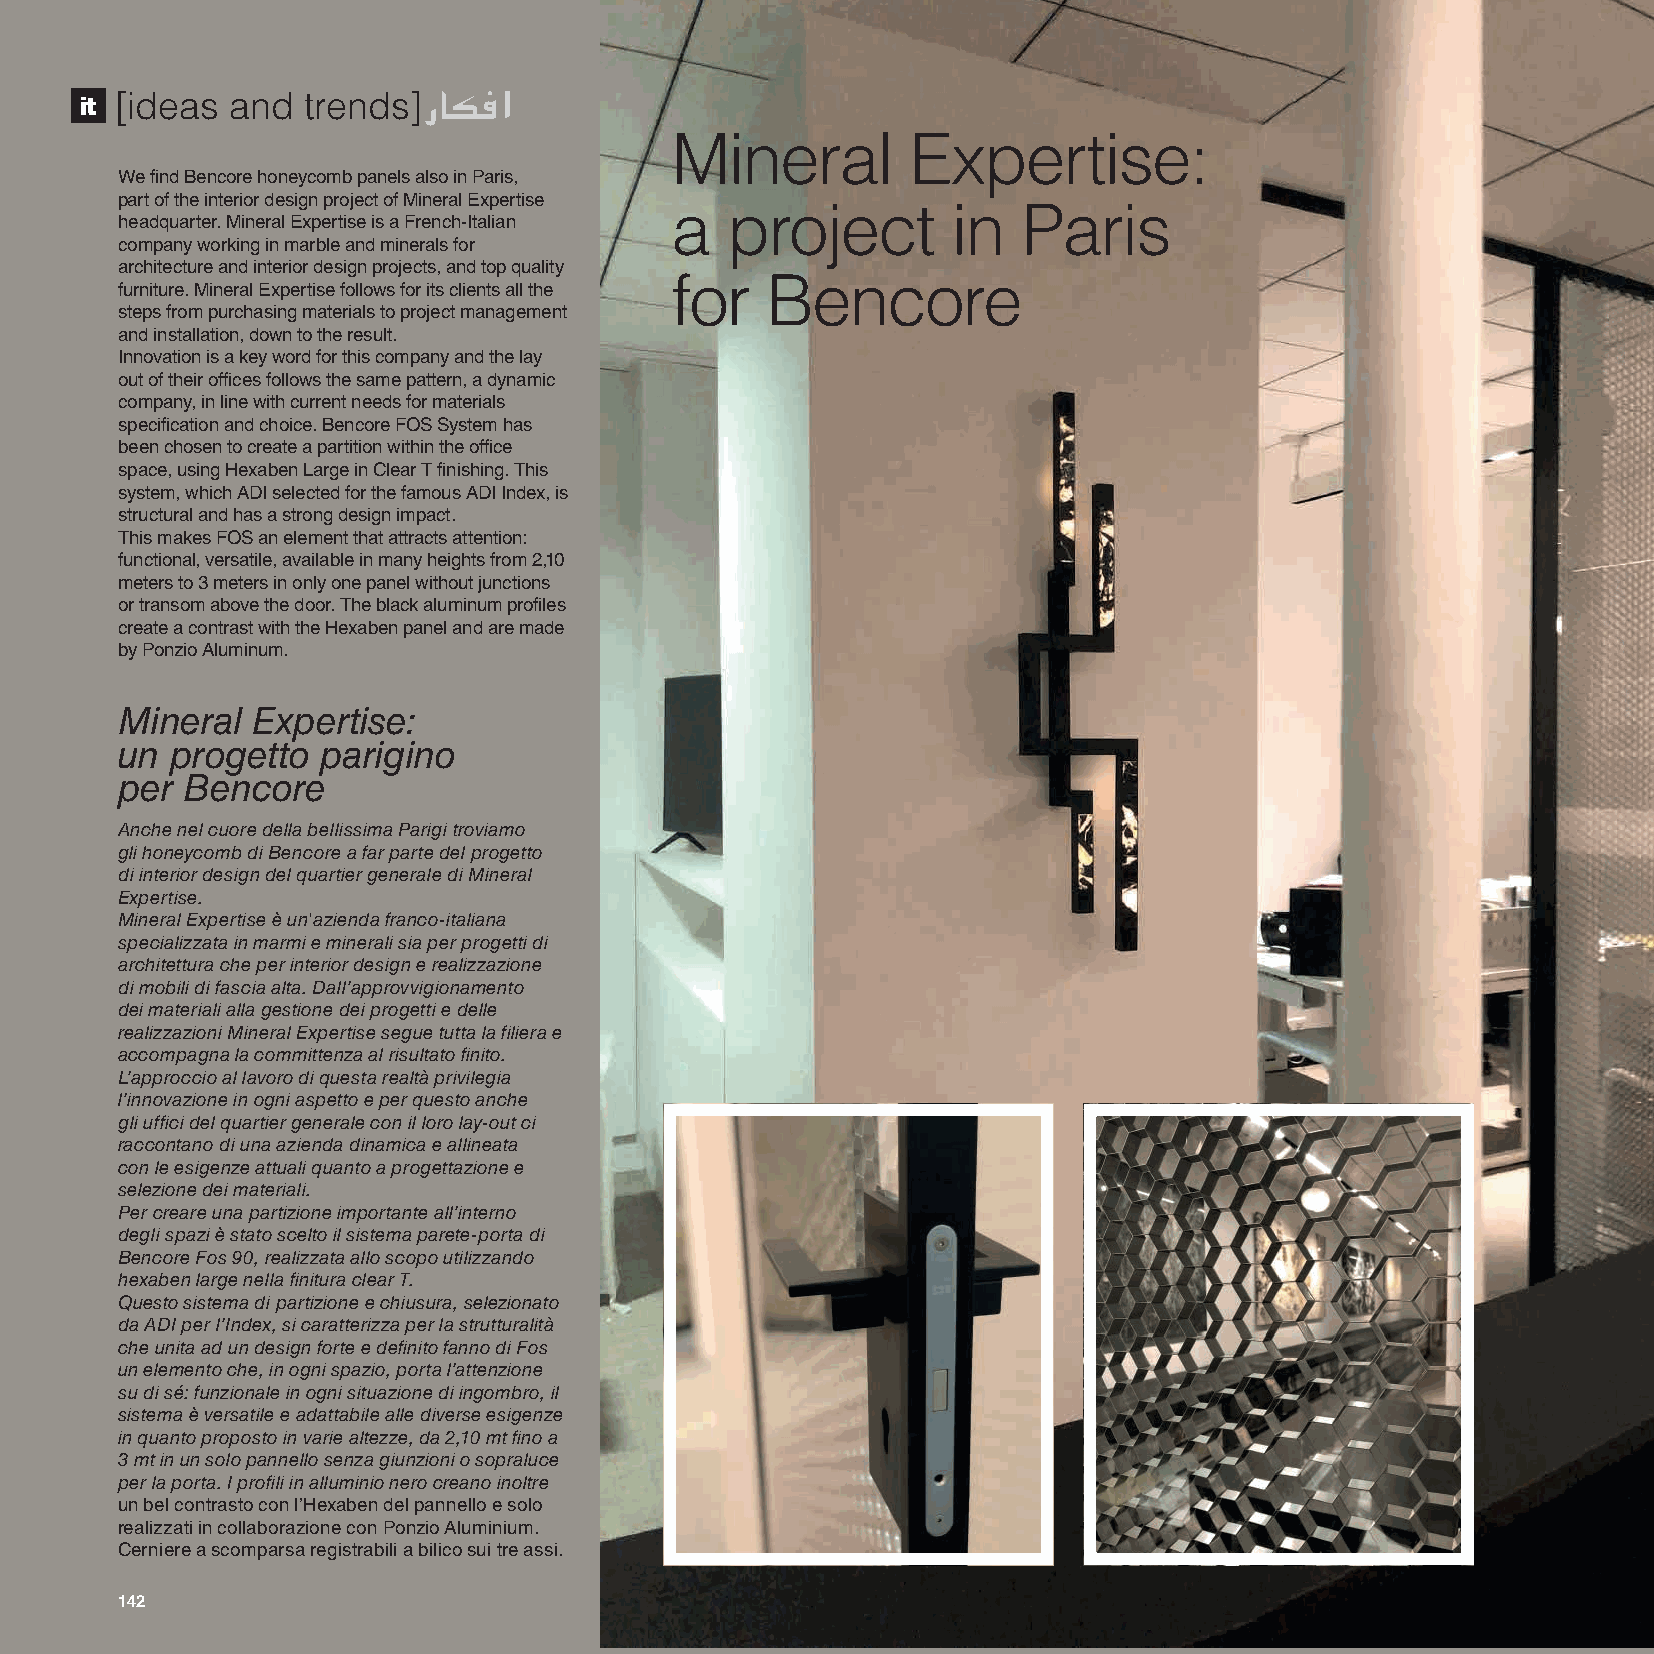
it [ideas and  trends]
 Mineral         Expertise:
 We find Bencore honeycomb panels also in Paris,
 part of the interior design project of Mineral Expertise
 a   project        in   Paris
 headquarter. Mineral Expertise is a French-Italian
 company working in marble and minerals for
 architecture and interior design projects, and top quality
 for    Bencore
 furniture. Mineral Expertise follows for its clients all the
 steps from purchasing materials to project management
 and installation, down to the result.
 Innovation is a key word for this company and the lay
 out of their offices follows the same pattern, a dynamic
 company, in line with current needs for materials
 specification and choice. Bencore FOS System has
 been chosen to create a partition within the office
 space, using Hexaben Large in Clear T finishing. This
 system, which ADI selected for the famous ADI Index, is
 structural and has a strong design impact.
 This makes FOS an element that attracts attention:
 functional, versatile, available in many heights from 2,10
 meters to 3 meters in only one panel without junctions
 or transom above the door. The black aluminum profiles
 create a contrast with the Hexaben panel and are made
 by Ponzio Aluminum.
 Mineral  Expertise:
 un progetto  parigino
 per Bencore
 Anche nel cuore della bellissima Parigi troviamo
 gli honeycomb di Bencore a far parte del progetto
 di interior design del quartier generale di Mineral
 Expertise.
 Mineral Expertise è un'azienda franco-italiana
 specializzata in marmi e minerali sia per progetti di
 architettura che per interior design e realizzazione
 di mobili di fascia alta. Dall’approvvigionamento
 dei materiali alla gestione dei progetti e delle
 realizzazioni Mineral Expertise segue tutta la filiera e
 accompagna la committenza al risultato finito.
 L’approccio al lavoro di questa realtà privilegia
 l’innovazione in ogni aspetto e per questo anche
 gli uffici del quartier generale con il loro lay-out ci
 raccontano di una azienda dinamica e allineata
 con le esigenze attuali quanto a progettazione e
 selezione dei materiali.
 Per creare una partizione importante all’interno
 degli spazi è stato scelto il sistema parete-porta di
 Bencore Fos 90, realizzata allo scopo utilizzando
 hexaben large nella finitura clear T.
 Questo sistema di partizione e chiusura, selezionato
 da ADI per l’Index, si caratterizza per la strutturalità
 che unita ad un design forte e definito fanno di Fos
 un elemento che, in ogni spazio, porta l’attenzione
 su di sé: funzionale in ogni situazione di ingombro, il
 sistema è versatile e adattabile alle diverse esigenze
 in quanto proposto in varie altezze, da 2,10 mt fino a
 3 mt in un solo pannello senza giunzioni o sopraluce
 per la porta. I profili in alluminio nero creano inoltre
 un bel contrasto con l’Hexaben del pannello e solo
 realizzati in collaborazione con Ponzio Aluminium.
 Cerniere a scomparsa registrabili a bilico sui tre assi.
 114422